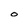
Character: 0